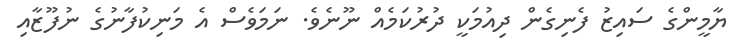
ޔާމީންގެ ސައިޒު ފެނިގެން ދިއުމަކީ ދުރުކަމެއް ނޫނެވެ. ނަމަވެސް އެ މަނިކުފާނުގެ ނުފޫޒާއި